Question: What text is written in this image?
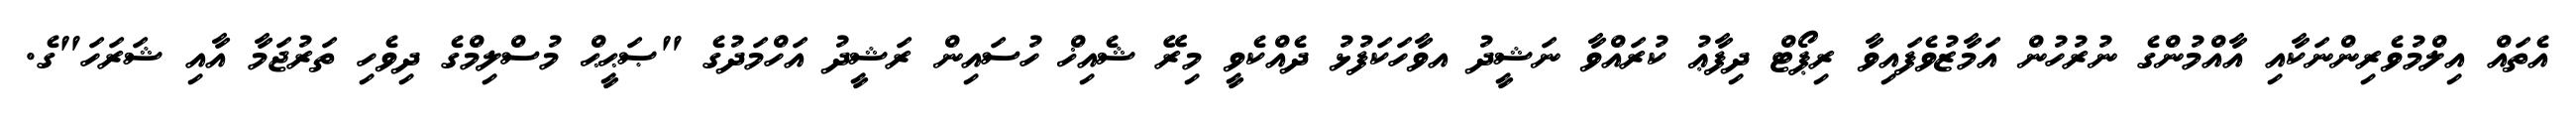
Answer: އެތައް އިލްމުވެރިންނަކާއި އާއްމުންގެ ނުރުހުން އަމާޒުވެފައިވާ ރިޕޯޓް ދިފާޢު ކުރައްވާ ނަޝީދު އވާހަކަފުޅު ދެއްކެވީ މިރޭ ޝެއިޚް ހުސައިން ރަޝީދު އަހްމަދުގެ "ޞަޙީޙް މުސްލިމްގެ ދިވެހި ތަރުޖަމާ އާއި ޝަރަހަ"ގެ.